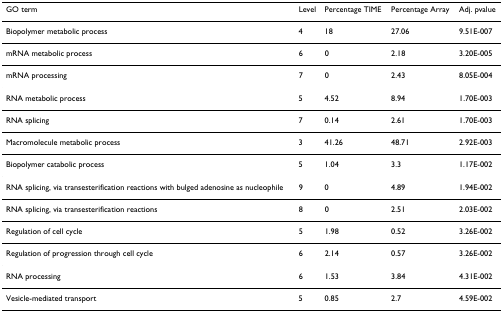
<table><thead><tr><td><b>GO term</b></td><td><b>Level</b></td><td><b>Percentage TIME</b></td><td><b>Percentage Array</b></td><td><b>Adj. pvalue</b></td></tr></thead><tbody><tr><td>Biopolymer metabolic process</td><td>4</td><td>18</td><td>27.06</td><td>9.51E-007</td></tr><tr><td>mRNA metabolic process</td><td>6</td><td>0</td><td>2.18</td><td>3.20E-005</td></tr><tr><td>mRNA processing</td><td>7</td><td>0</td><td>2.43</td><td>8.05E-004</td></tr><tr><td>RNA metabolic process</td><td>5</td><td>4.52</td><td>8.94</td><td>1.70E-003</td></tr><tr><td>RNA splicing</td><td>7</td><td>0.14</td><td>2.61</td><td>1.70E-003</td></tr><tr><td>Macromolecule metabolic process</td><td>3</td><td>41.26</td><td>48.71</td><td>2.92E-003</td></tr><tr><td>Biopolymer catabolic process</td><td>5</td><td>1.04</td><td>3.3</td><td>1.17E-002</td></tr><tr><td>RNA splicing, via transesterification reactions with bulged adenosine as nucleophile</td><td>9</td><td>0</td><td>4.89</td><td>1.94E-002</td></tr><tr><td>RNA splicing, via transesterification reactions</td><td>8</td><td>0</td><td>2.51</td><td>2.03E-002</td></tr><tr><td>Regulation of cell cycle</td><td>5</td><td>1.98</td><td>0.52</td><td>3.26E-002</td></tr><tr><td>Regulation of progression through cell cycle</td><td>6</td><td>2.14</td><td>0.57</td><td>3.26E-002</td></tr><tr><td>RNA processing</td><td>6</td><td>1.53</td><td>3.84</td><td>4.31E-002</td></tr><tr><td>Vesicle-mediated transport</td><td>5</td><td>0.85</td><td>2.7</td><td>4.59E-002</td></tr></tbody></table>